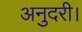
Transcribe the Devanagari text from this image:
अनुदरी।